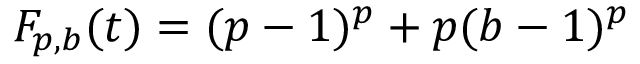
F _ { p , b } ( t ) = ( p - 1 ) ^ { p } + p ( b - 1 ) ^ { p }